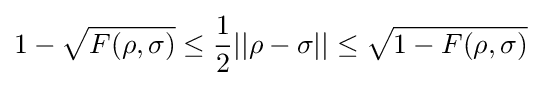
1-{\sqrt {F(\rho ,\sigma )}}\leq {\frac {1}{2}}||\rho -\sigma ||\leq {\sqrt {1-F(\rho ,\sigma )}}